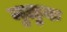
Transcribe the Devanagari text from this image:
मुळुक